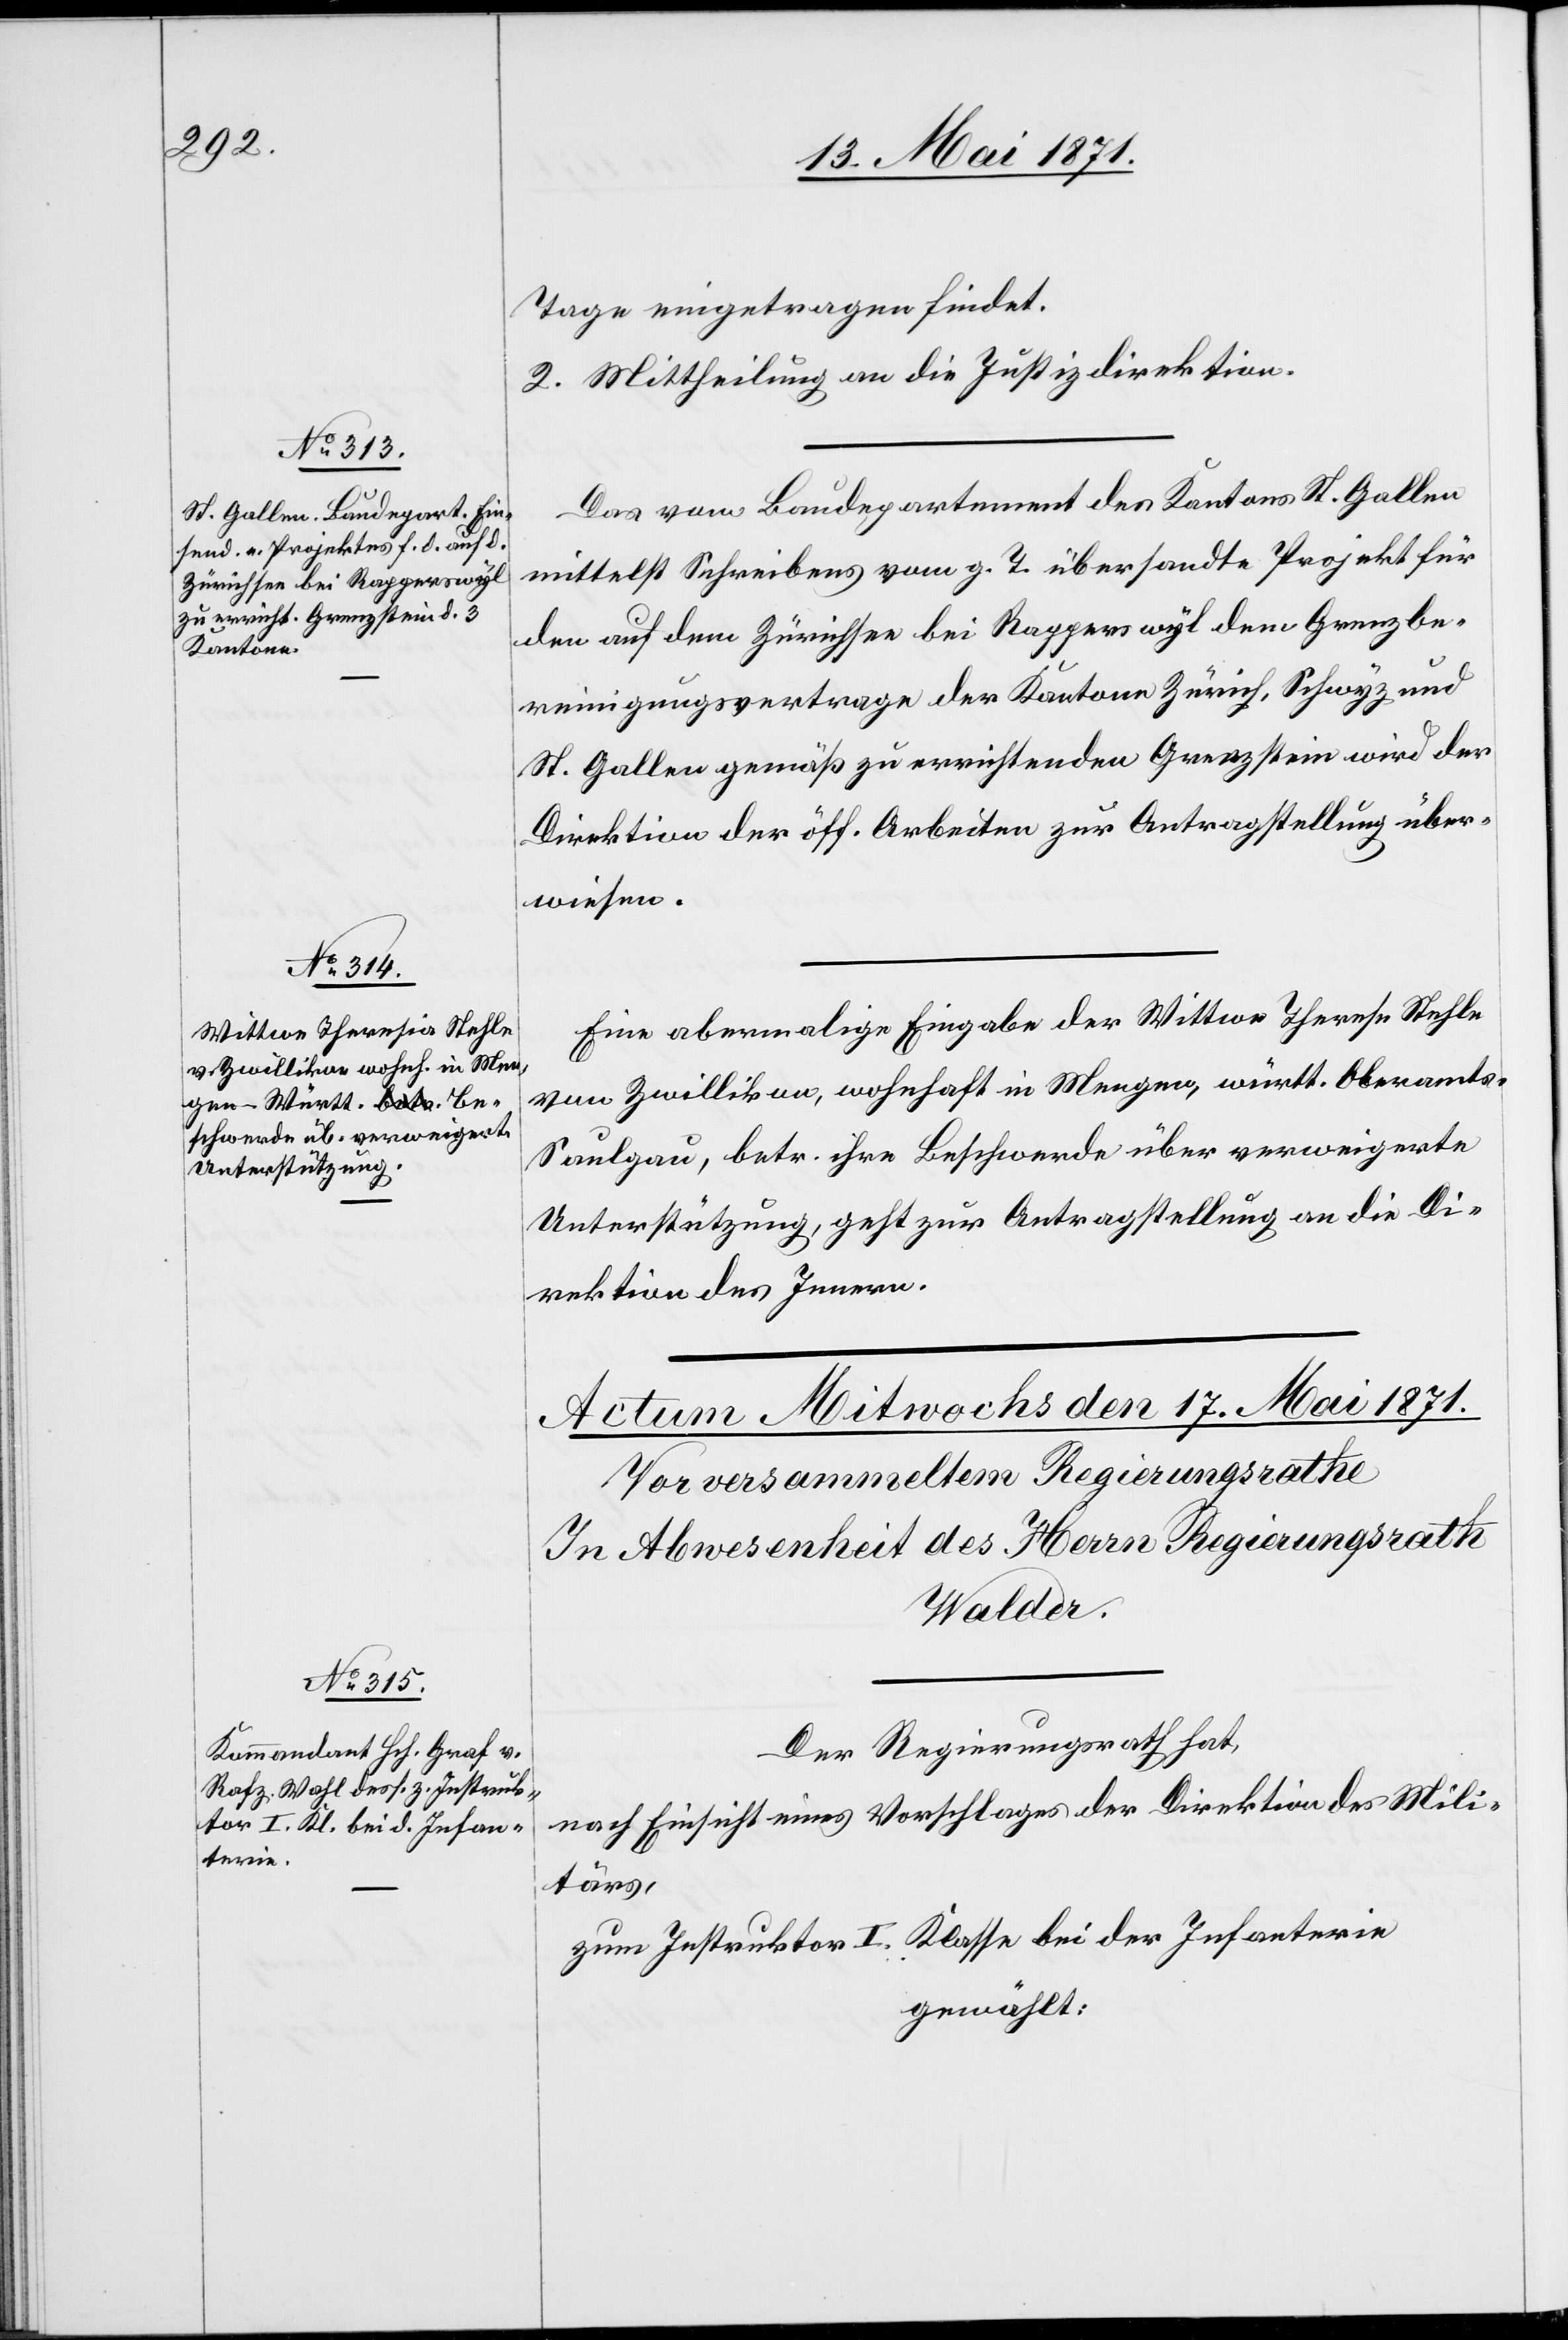
16. Mai 1871.]
Tage eingetragen findet.
2. Mittheilung an die Justizdirektion.
Das vom Baudepartement des Kantons St. Gallen
mittelst Schreibens vom g. T. übersandte Projekt für
den auf dem Zürichsee bei Rapperswyl dem Grenzbe¬
reinigungsvertrage der Kantone Zürich, Schwyz und
St. Gallen gemäß zu errichtenden Grenzstein wird der
Direktion der öff. Arbeiten zur Antragstellung über¬
wiesen.
Eine abermalige Eingabe der Wittwe Therese [sic!]
von Zwillikon, wohnhaft in Mengen, württ. Oberamts
Saulgau, betr. ihre Beschwerde über verweigerte
Unterstützung, geht zur Antragstellung an die Di¬
rektion des Innern.
Der Regierungsrath hat,
nach Einsicht eines Vorschlages der Direktion des Mili¬
tärs,
Klasse bei der Infanterie
zum Instruktor I.
gewählt: